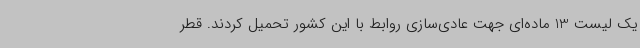
یک لیست 13 ماده‌ای جهت عادی‌سازی روابط با این کشور تحمیل کردند. قطر